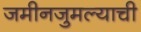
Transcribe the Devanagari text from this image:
जमीनजुमल्याची